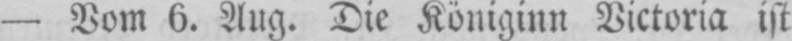
- Vom 6. Aug. Die Königinn Victoria ist